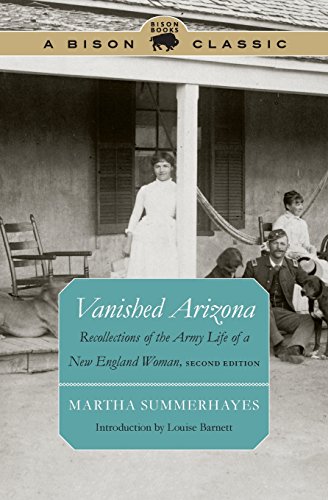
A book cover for Vanished Arizona: Recollections of the Army Life of a New England Woman, Second Edition (Bison Classic); Martha Summerhayes; Parenting & Relationships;